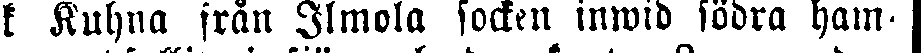
k Kuhna frånIlmola socken inwid södra ham-